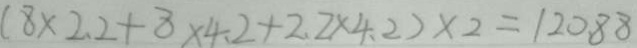
( 8 \times 2 . 2 + 8 \times 4 . 2 + 2 . 2 \times 4 . 2 ) \times 2 = 1 2 0 . 8 8